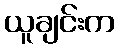
ယူချင်းက